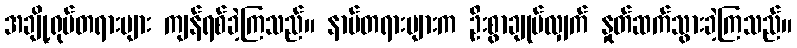
အချို့ရုပ်တရားများ ကျန်ရစ်ခဲ့ကြသည်။ နာမ်တရားများက ဦးစွာချုပ်လျှက် နှုတ်ဆက်သွားခဲ့ကြသည်။